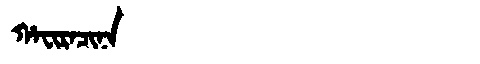
Manchu: ᡥᠠᠸᡳᡵᠠᠴᡳᠨᠠ
Romanization: HAFIRACINA